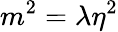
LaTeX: m^{2}=\lambda\eta^{2}